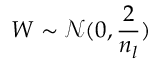
W \sim \mathcal { N } ( 0 , \frac { 2 } { n _ { l } } )